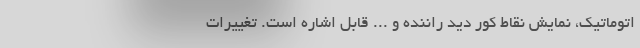
اتوماتیک، نمایش نقاط کور دید راننده و ... قابل اشاره است. تغییرات